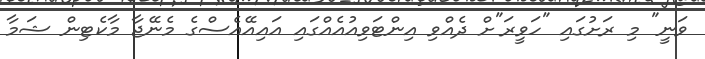
ވަނީ" މި ރަށުގައި "ހަވީރަ"ށް ދެއްވި އިންޓަވިއުއެއްގައި އައިއޭއެސްގެ މެނޭޖާ މާކެޓިން ޝަމާ